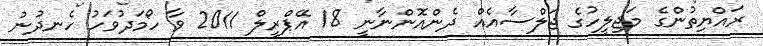
ރައްޔިތުންގެ މަޖިލީހުގެ ޖަލްސާއެއް ދެންއޮންނާނީ 18 އޭޕްރީލް 2011 ވާ ހޯމަދުވަހު ހެނދުނު